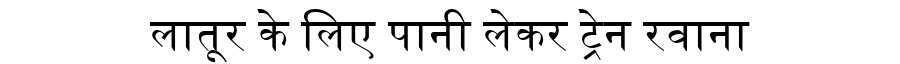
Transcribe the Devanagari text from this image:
लातूर के लिए पानी लेकर ट्रेन रवाना